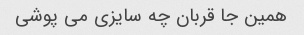
همین جا قربان چه سایزی می پوشی